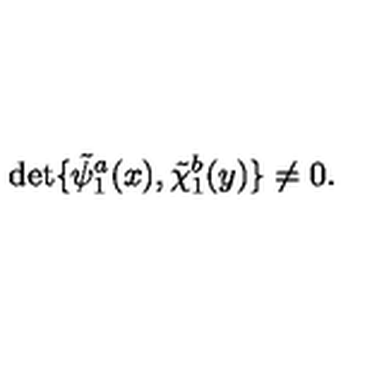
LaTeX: \det \{ \tilde { \psi } _ { 1 } ^ { a } ( x ) , \tilde { \chi } _ { 1 } ^ { b } ( y ) \} \neq 0 .